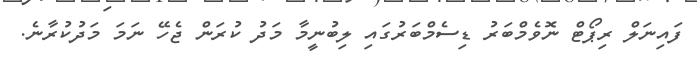
ފައިނަލް ރިޕޯޓް ނޮވެމްބަރު ޑިސެމްބަރުގައި ލިބުނީމާ މަދު ކުރަން ޖެހޭ ނަމަ މަދުކުރާނެ.